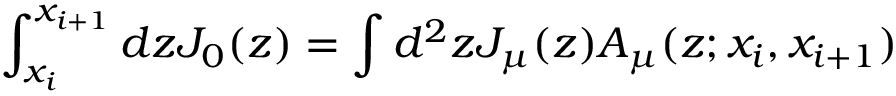
\int _ { x _ { i } } ^ { x _ { i + 1 } } d z J _ { 0 } ( z ) = \int d ^ { 2 } z J _ { \mu } ( z ) A _ { \mu } ( z ; x _ { i } , x _ { i + 1 } )